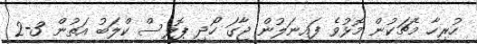
ހުރިހާ މެޗަކުން މޮޅުވެ ފައިނަލުން ޖާގަ ހޯދި ޕޮލިސް ކްލަބު އަތުން 3-2